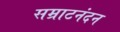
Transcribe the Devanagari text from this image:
सम्राटनंदन